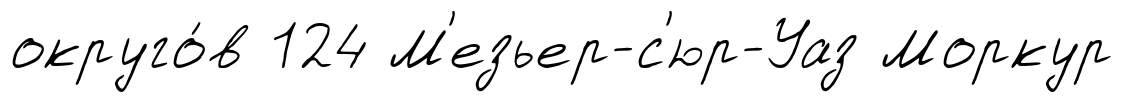
округо́в 124 М'езьер-с'юр-Уаз Моркур